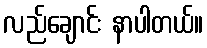
လည်ချောင်း နာပါတယ်။